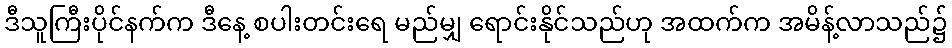
ဒီသူကြီးပိုင်နက်က ဒီနေ့ စပါးတင်းရေ မည်မျှ ရောင်းနိုင်သည်ဟု အထက်က အမိန့်လာသည်၌